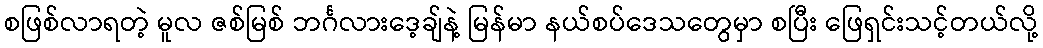
စဖြစ်လာရတဲ့ မူလ ဇစ်မြစ် ဘင်္ဂလားဒေ့ချ်နဲ့ မြန်မာ နယ်စပ်ဒေသတွေမှာ စပြီး ဖြေရှင်းသင့်တယ်လို့